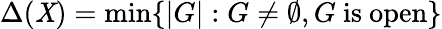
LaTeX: \Delta(\mathit{X})=\operatorname*{min}\{ |G|:G\neq\emptyset,G{\mathrm{{~is~open}}}\}